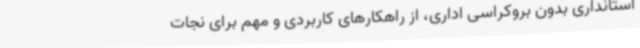
استانداری بدون بروکراسی اداری، از راهکارهای کاربردی و مهم برای نجات